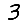
Digit: 3